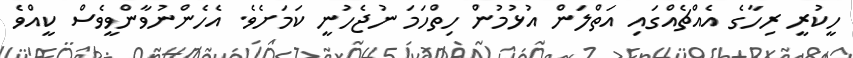
ހީކުރީ ރިހާގެ އެއްޗެއްގައި އަތްލަން އުޅުމުން ހިތްހަމަ ނުޖެހުނީ ކަމަށެވެ. އެހެންނުވާންވީވެސް ކީއްވެ